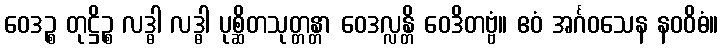
ဝေဒဉ္စ တုဋ္ဌိဉ္စ လဒ္ဓါ လဒ္ဓါ ပုစ္ဆိတသုတ္တန္တာ ဝေဒလ္လန္တိ ဝေဒိတဗ္ဗံ။ ဧဝံ အင်္ဂဝသေန နဝဝိဓံ။